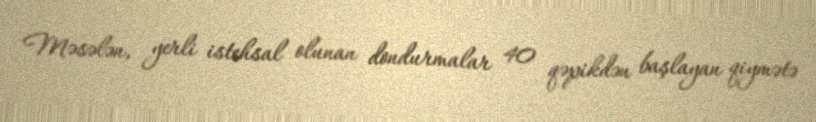
Məsələn, yerli istehsal olunan dondurmalar 40 qəpikdən başlayan qiymətə